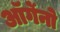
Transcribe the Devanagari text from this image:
ऑर्गेनो